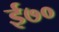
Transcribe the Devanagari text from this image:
ई७०